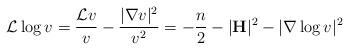
LaTeX: \begin{align*}\mathcal{L}\log v&=\dfrac{\mathcal{L}v}{v}-\dfrac{|\nabla v|^2}{v^2}=-\dfrac n2-|{\bf H}|^2-|\nabla \log v|^2\end{align*}